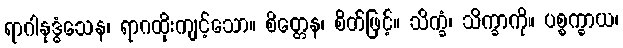
ရာဂါနုဒ္ဓံသေန၊ ရာဂထိုးကျင့်သော။ စိတ္တေန၊ စိတ်ဖြင့်။ သိက္ခံ၊ သိက္ခာကို။ ပစ္စက္ခာယ၊